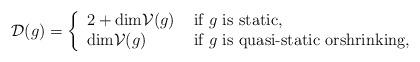
LaTeX: \begin{align*}{\mathcal D}(g)=\left\{\begin{array}{ll}2+{\rm dim}{\mathcal V}(g) &\mbox{ if $g$ is static}, \\ {\rm dim}{\mathcal V}(g) &\mbox{ if $g$ is quasi-static orshrinking,}\end{array}\right.\end{align*}